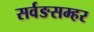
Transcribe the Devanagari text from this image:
सर्वङसम्हर